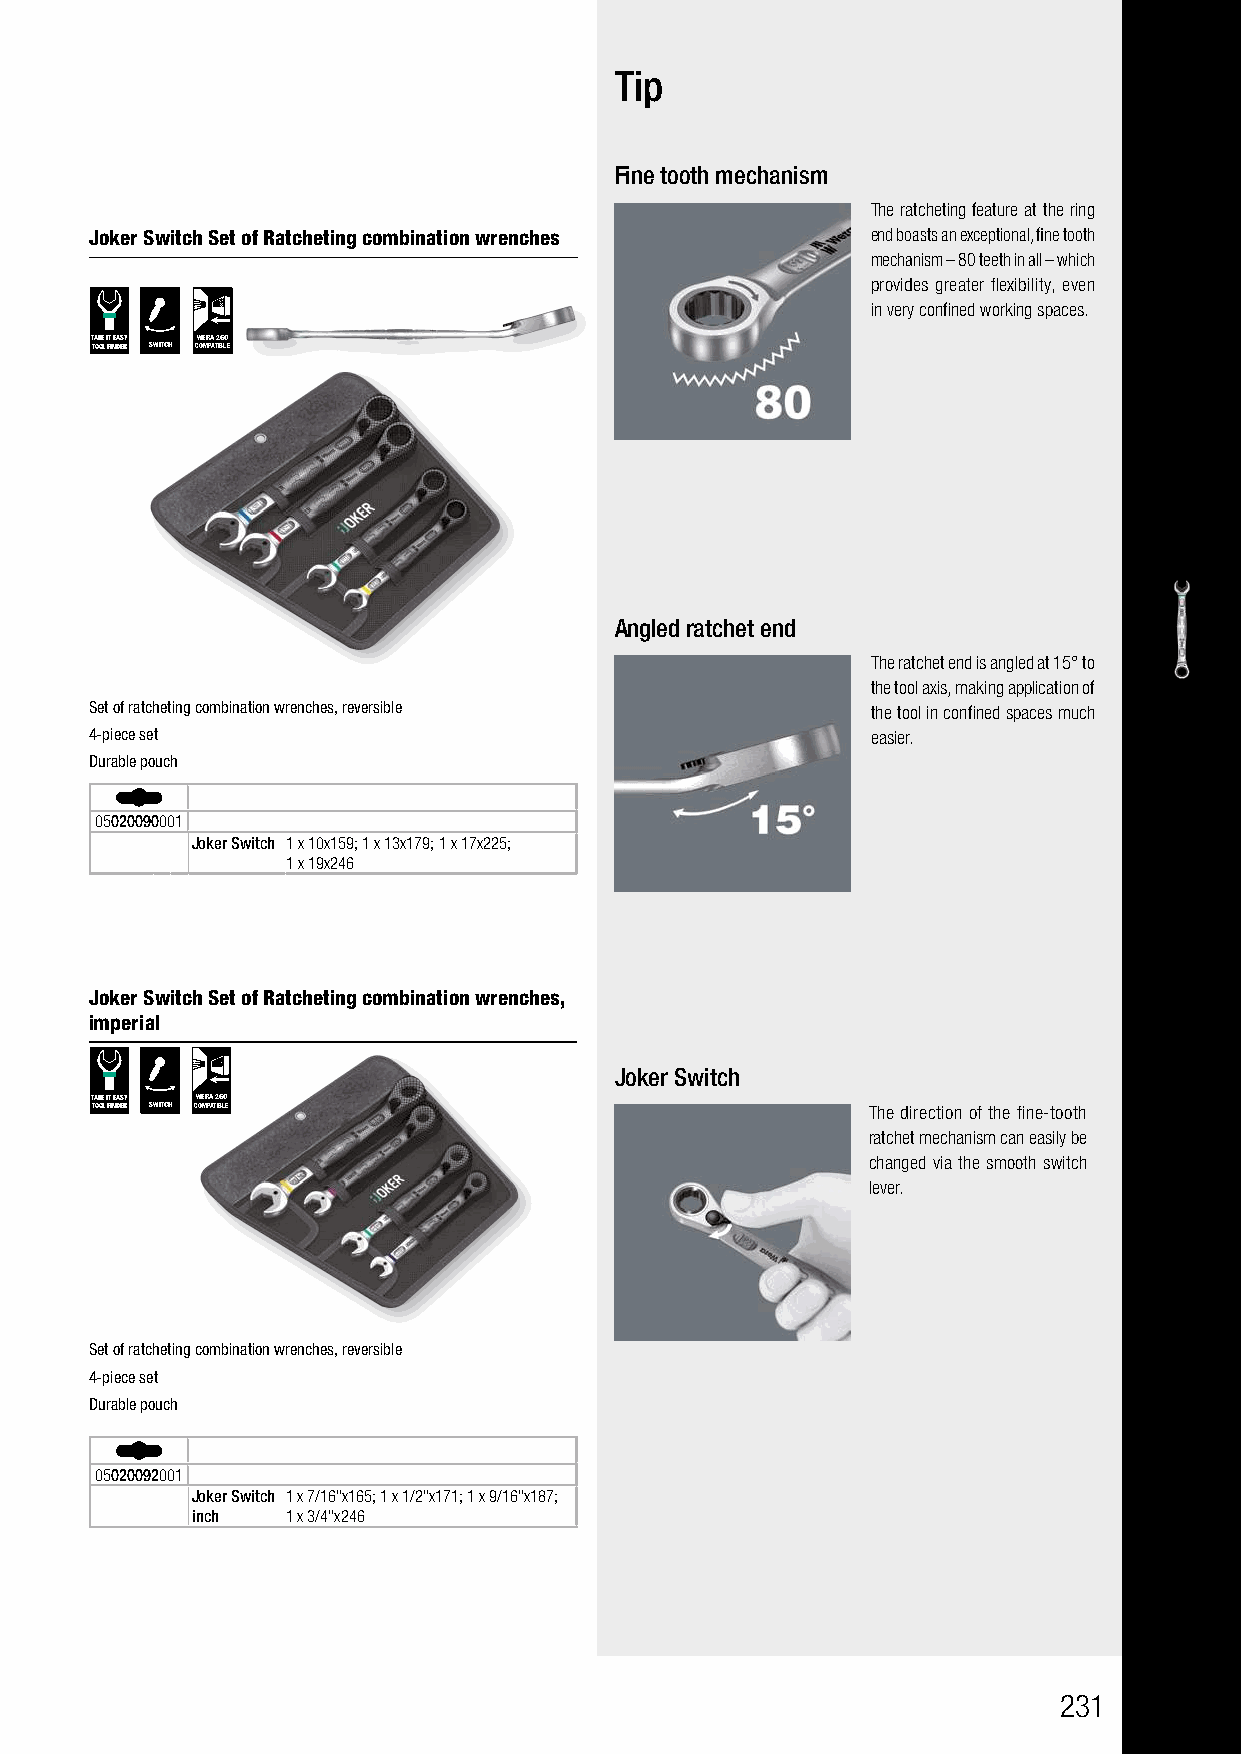
Tip
 Fine tooth mechanism
 The ratcheting feature at the ring
 Joker Switch Set of Ratcheting combination wrenches end boasts an exceptional, fine tooth
 mechanism – 80 teeth in all – which
 provides greater flexibility, even
 in very confined working spaces.
 TAKE IT EASY WERA 2GO
 TOOL FINDER SWITCH COMPATIBLE
 Angled ratchet end
 The ratchet end is angled at 15° to
 the tool axis, making application of
 Set of ratcheting combination wrenches, reversible  the tool in confined spaces much
 4-piece set                                         easier.
 Durable pouch
 05020090001
 Joker Switch 1 x 10x159; 1 x 13x179; 1 x 17x225;
 1 x 19x246
 Joker Switch Set of Ratcheting combination wrenches,
 imperial
 Joker Switch
 TAKE IT EASY WERA 2GO
 TOOL FINDER SWITCH COMPATIBLE                      The direction of the fine-tooth
 ratchet mechanism can easily be
 changed via the smooth switch
 lever.
 Set of ratcheting combination wrenches, reversible
 4-piece set
 Durable pouch
 05020092001
 Joker Switch 1 x 7/16"x165; 1 x 1/2"x171; 1 x 9/16"x187;
 inch  1 x 3/4"x246
 231